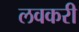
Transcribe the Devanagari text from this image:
लवकरी